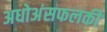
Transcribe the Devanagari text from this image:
अधोअंसफलकी